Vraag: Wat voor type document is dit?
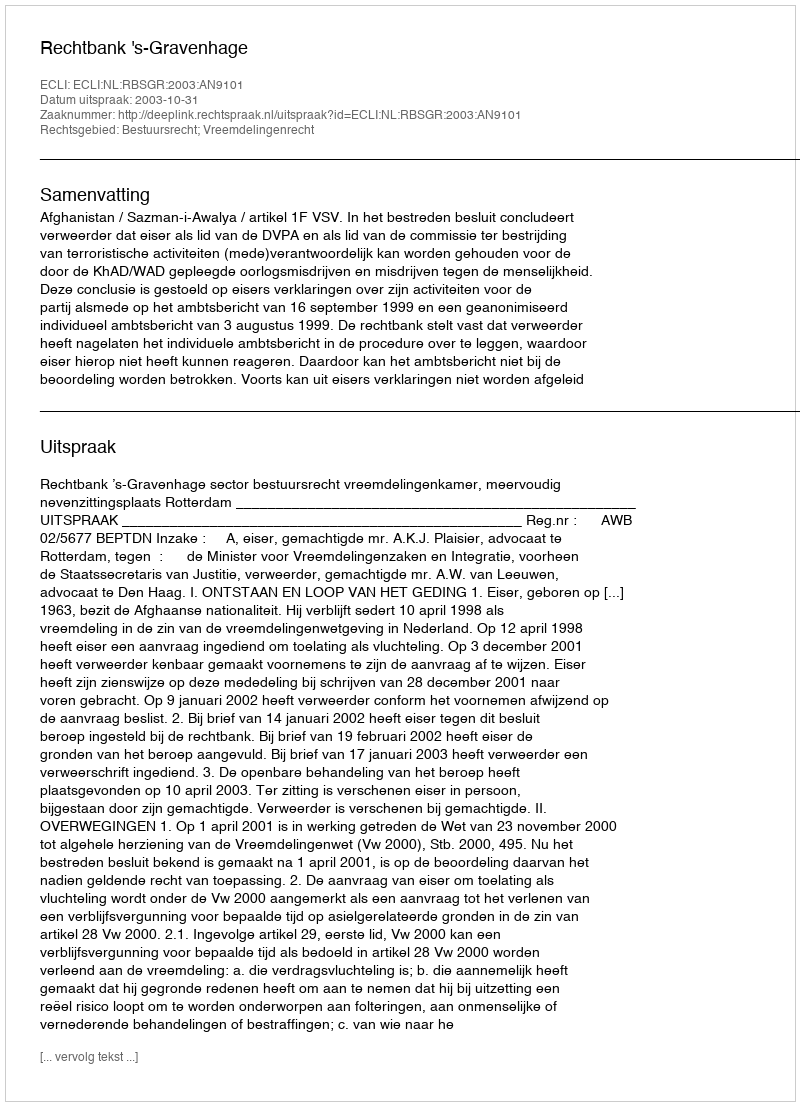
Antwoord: Uitspraak